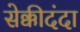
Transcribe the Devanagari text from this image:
सेक्कीदंदा